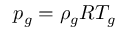
p _ { g } = \rho _ { g } R T _ { g }